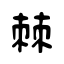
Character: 棘